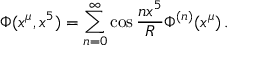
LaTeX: \Phi ( x ^ { \mu } , x ^ { 5 } ) = \sum _ { n = 0 } ^ { \infty } \cos \frac { n x ^ { 5 } } { R } \Phi ^ { ( n ) } ( x ^ { \mu } ) \, .